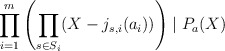
\begin{align*}\prod_{i=1}^{m}\left(\prod_{s\in S_i}(X - j_{s,i}(a_i))\right) \mid P_{a}(X)\end{align*}